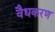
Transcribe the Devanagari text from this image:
वैधकरण